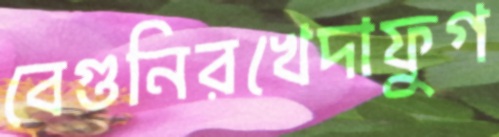
বেগুনিরখেদাফুগ